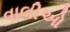
વાલીઓ